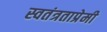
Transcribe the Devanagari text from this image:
स्वतंत्रताप्रेमी